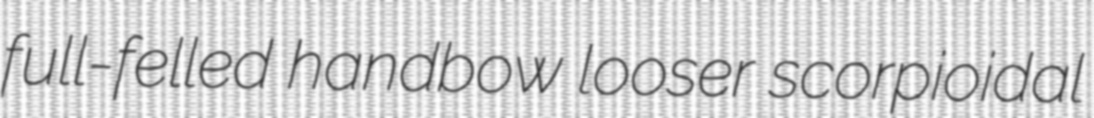
full-felled handbow looser scorpioidal